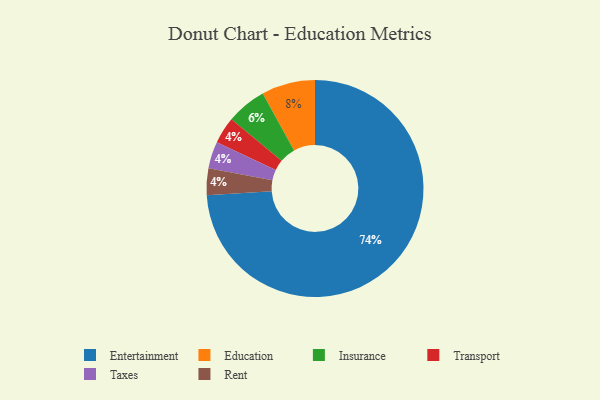
{"axis": {"x": "Category", "y": "Percentage"}, "legend": ["Education", "Entertainment", "Insurance", "Rent", "Taxes", "Transport"], "data": [{"x": "Education", "y": 8, "type": "Education"}, {"x": "Entertainment", "y": 74, "type": "Entertainment"}, {"x": "Insurance", "y": 6, "type": "Insurance"}, {"x": "Transport", "y": 4, "type": "Transport"}, {"x": "Taxes", "y": 4, "type": "Taxes"}, {"x": "Rent", "y": 4, "type": "Rent"}]}